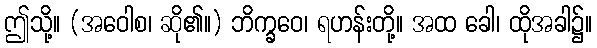
ဤသို့။ (အဝေါစ၊ ဆို၏။) ဘိက္ခဝေ၊ ရဟန်းတို့။ အထ ခေါ၊ ထိုအခါ၌။